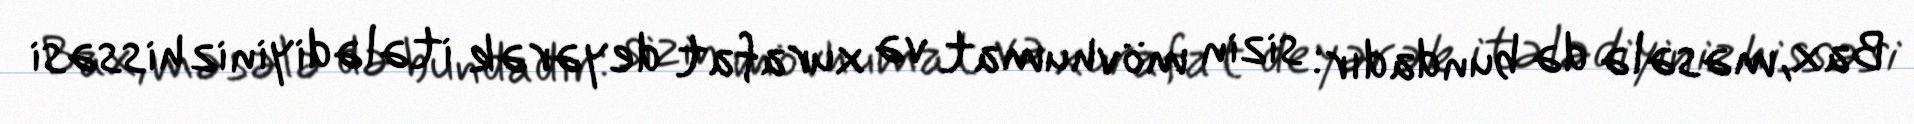
Bax, məsələ də bundadır: sizin mövhumat və xurafat deyərək itələdiyiniz hissəsi